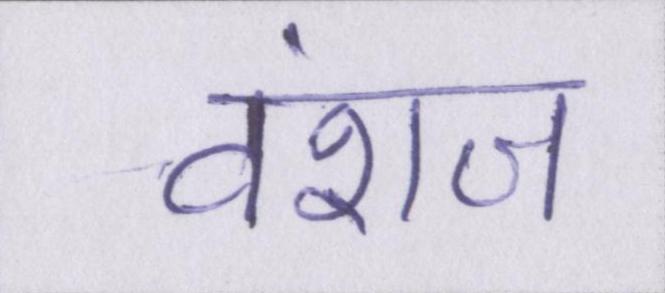
वंशज